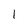
Character: 1